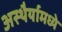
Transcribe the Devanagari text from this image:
अस्थैर्यामध्ये